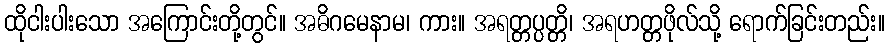
ထိုငါးပါးသော အကြောင်းတို့တွင်။ အဓိဂမေနာမ၊ ကား။ အရတ္တပ္ပတ္တိ၊ အရဟတ္တဖိုလ်သို့ ရောက်ခြင်းတည်း။